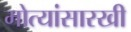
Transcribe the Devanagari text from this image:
मोत्यांसारखी